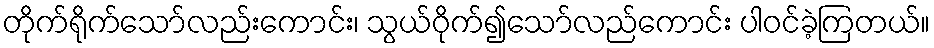
တိုက်ရိုက်သော်လည်းကောင်း၊ သွယ်ဝိုက်၍သော်လည်ကောင်း ပါဝင်ခဲ့ကြတယ်။